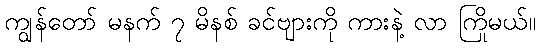
ကျွန်တော် မနက် ၇ မိနစ် ခင်ဗျားကို ကားနဲ့ လာ ကြိုမယ်။